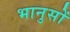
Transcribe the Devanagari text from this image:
भानुसों